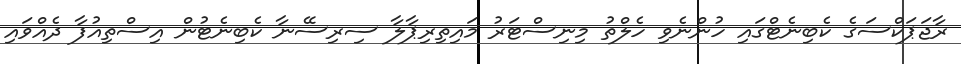
ރާޖަޕަކްސަގެ ކެބިނެޓްގައި ހުންނެވި ހެލްތު މިނިސްޓަރު މައިތިރިޕާލާ ސިރިސޭނާ ކެބިނެޓުން އިސްތިއުފާ ދެއްވައި